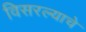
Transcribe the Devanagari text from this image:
विसरल्याचे